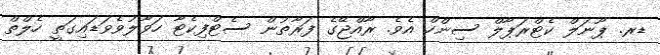
ޑރ. ޕޫނަލް ކެޓްރަޕާލް ސިންހް އެވެ. ރާއްޖޭގެ ފަރާތުން ސެޓްފިކެޓާ ހަވާލުވެވަޑައިގަތީ ހެލްތް